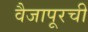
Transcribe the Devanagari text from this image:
वैजापूरची